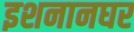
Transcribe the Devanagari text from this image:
इशनानघर